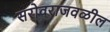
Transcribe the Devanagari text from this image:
सरोवराजवळील